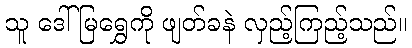
သူ ဒေါ်မြရွှေကို ဖျတ်ခနဲ လှည့်ကြည့်သည်။